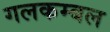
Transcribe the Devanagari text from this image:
गलकम्बल